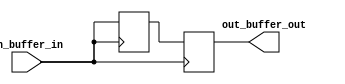
module IO_Block_TTL_Buffer (
    input wire in_buffer_in,
    output reg out_buffer_out
);

// Input Buffer
reg in_buffer_out;
always @ (posedge in_buffer_in)
    in_buffer_out <= in_buffer_in;

// Output Buffer
always @ (posedge in_buffer_in)
    out_buffer_out <= in_buffer_out;

endmodule